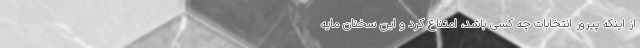
از اینکه پیروز انتخابات چه کسی باشد، امتناع کرد و این سخنان مایه